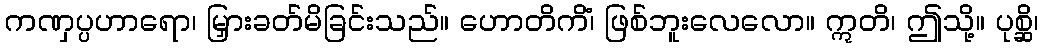
ကဏှပ္ပဟာရော၊ မြှားခတ်မိခြင်းသည်။ ဟောတိကိံ၊ ဖြစ်ဘူးလေလော။ ဣတိ၊ ဤသို့။ ပုစ္ဆိ၊